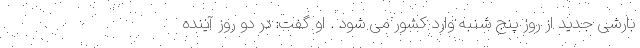
بارشی جدید از روز پنج شنبه وارد کشور می شود . او گفت: در دو روز آینده